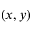
( x , y )